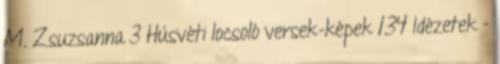
M. Zsuzsanna 3 Húsvéti locsoló versek-képek 134 Idézetek -